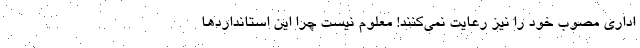
اداری مصوب خود را نیز رعایت نمی‌کنند! معلوم نیست چرا این استانداردها